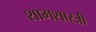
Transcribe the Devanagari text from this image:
शामशास्त्री